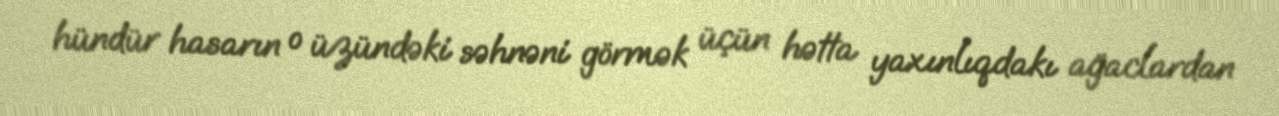
hündür hasarın o üzündəki səhnəni görmək üçün hətta yaxınlıqdakı ağaclardan